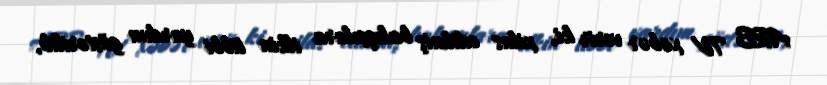
ARB TV xəbər verir ki, xilas edilmiş balıqçılara ilkin tibbi yardım göstərilib,